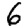
Digit: 6